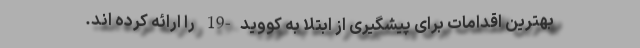
بهترین اقدامات برای پیشگیری از ابتلا به کووید-19 را ارائه کرده اند.